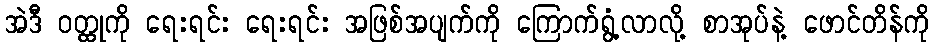
အဲဒီ ဝတ္ထုကို ရေးရင်း ရေးရင်း အဖြစ်အပျက်ကို ကြောက်ရွံ့လာလို့ စာအုပ်နဲ့ ဖောင်တိန်ကို